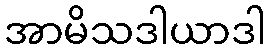
အာမိသဒါယာဒါ